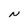
Character: N